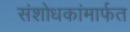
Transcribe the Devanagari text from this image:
संशोधकांमार्फत